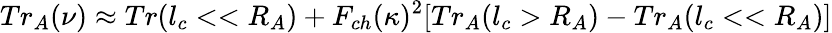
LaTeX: Tr_{A}(\nu)\approx Tr(l_{c}<<R_{A})+F_{ch}(\kappa)^{2}[Tr_{A}(l_{c}>R_{A})-Tr_{A}(l_{c}<<R_{A})]